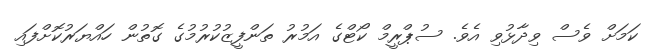
ކަމަށް ވެސް ވިދާޅުވި އެވެ. ސުޕްރީމް ކޯޓްގެ އަމުރު ތަންފީޒުކުރުމުގެ ގޮތުން ހައްޔަރުކޮށްފައި